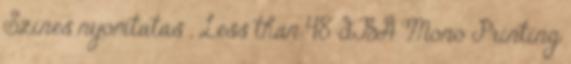
Színes nyomtatás , Less than 48 dBA Mono Printing